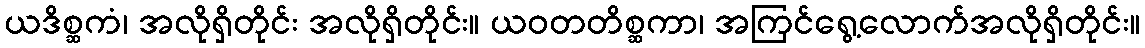
ယဒိစ္ဆကံ၊ အလိုရှိတိုင်း အလိုရှိတိုင်း။ ယဝတတိစ္ဆကာ၊ အကြင်ရွေ့လောက်အလိုရှိတိုင်း။